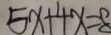
5 x + 4 x = 8